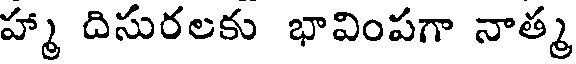
హ్మా దిసురలకు భావింపగా నాత్మ